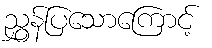
ညွှန်ပြသောကြောင့်